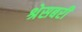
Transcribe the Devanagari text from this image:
श्रेसबरी